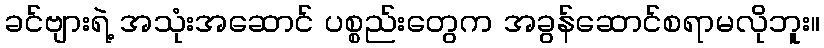
ခင်ဗျားရဲ့ အသုံးအဆောင် ပစ္စည်းတွေက အခွန်ဆောင်စရာမလိုဘူး။